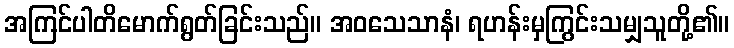
အကြင်ပါတိမောက်ရွတ်ခြင်းသည်။ အဝသေသာနံ၊ ရဟန်းမှကြွင်းသမျှသူတို့၏။